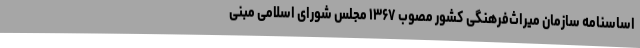
اساسنامه سازمان میراث‌فرهنگی کشور مصوب ۱۳۶۷ مجلس شورای اسلامی مبنی